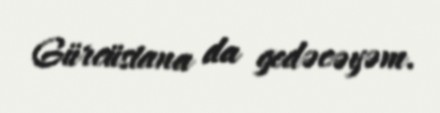
Gürcüstana da gedəcəyəm.